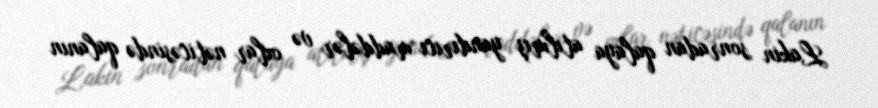
Lakin sonradan qalaya atılmış yandırıcı maddələr və oxlar nəticəsində qalanın